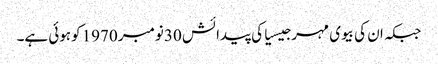
جبکہ ان کی بیوی مہر جیسیاکی پیدائش 30نومبر 1970 کوہوئی ہے۔